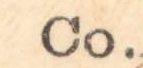
Co.